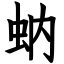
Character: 蚋